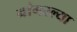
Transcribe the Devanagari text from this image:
नांगरल्या